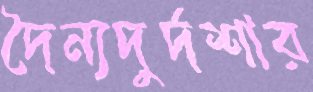
দৈন্যদুর্দশার